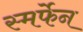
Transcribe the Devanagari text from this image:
स्मर्फेन